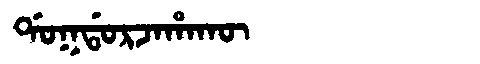
Manchu: ᡩᠣᡴᡩᠣᡵᠵᠠᡥᠠᡴᡡ
Romanization: DOKDORJAHAKŪ